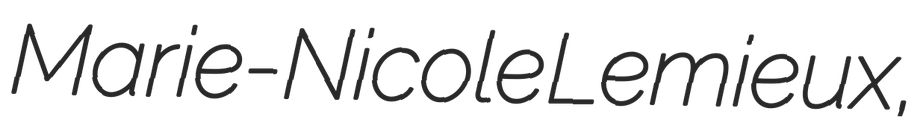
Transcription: Marie-Nicole Lemieux,